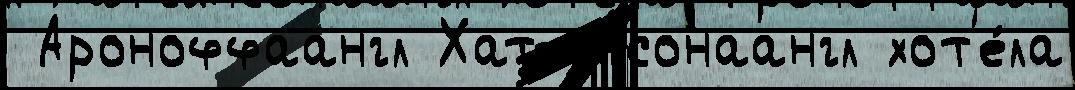
 Ароноффаангл Хатчинсонаангл хот'е́ла